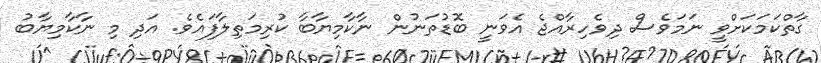
ގާތްކަމަކަށްވީ ނަމަވެސް ދިވެހިރާއްޖެ އެވަނީ ބޮޑުތަނުން ނާކާމިޔާބާ ކުރިމަތިލާފައެވެ. އަދި މި ނާކާމިޔާބު